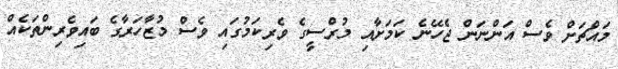
މައްޗަށް ވެސް އަންނަން ޖެހޭނެ ކަމަށާއި މުރްސީގެ ވެރިކަމުގައި ވެސް މުޒާހަރާގެ ބައިވެރިންތަކެއް